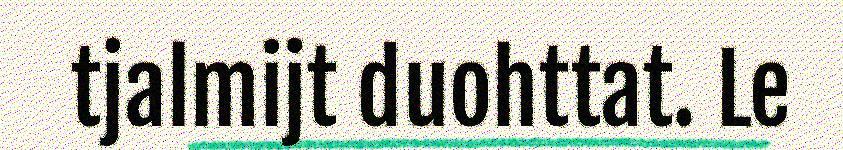
tjalmijt duohttat. Le